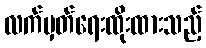
လက်မှတ်ရေးထိုးထားသည့်